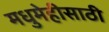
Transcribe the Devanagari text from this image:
मधुमेहीसाठी